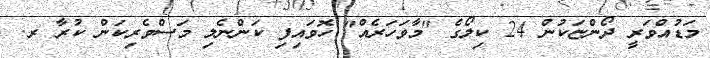
މަޑުއްވަރީ ދޯންޏަކުން 24 ކިލޯގެ "މާވަހަރެއް" ހޮވައިފި ކަންނެލި މަސްވެރިކަން ކުރާ ރ.